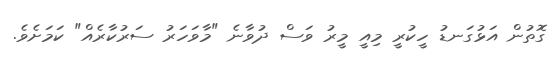
ގޮތުން އަޅުގަނޑު ހީކުރީ މިއީ މީރު ވަސް ދުވާނެ "މާވަހަރު ސަރުކާރެއް" ކަމަށެވެ.